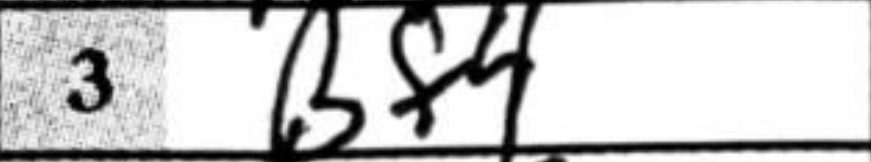
Transcription: Bf4